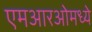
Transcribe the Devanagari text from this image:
एमआरओमध्ये